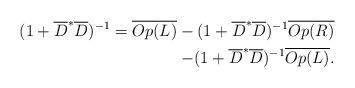
LaTeX: \begin{align*} (1+\overline{D}^*\overline{D})^{-1}=\overline{Op(L)}- (1+\overline{D}^*\overline{D})^{-1} \overline{Op(R)}\\-(1+\overline{D}^*\overline{D})^{-1}\overline{Op(L)}. \end{align*}